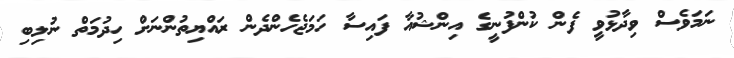
ނަމަވެސް ވިދާޅުވީ ފެން ކުންފުނީގެ އިންޝުއާ ފައިސާ ހަމަޖެހެންދެން ރައްޔިތުންނަށް ހިދުމަތް ނުލިބި